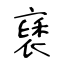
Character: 褎